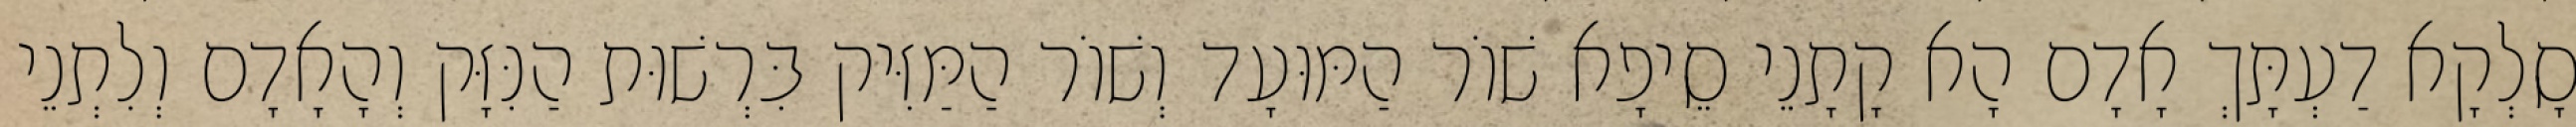
סָלְקָא דַעְתָּךְ אָדָם הָא קָתָנֵי סֵיפָא שׁוֹר הַמּוּעָד וְשׁוֹר הַמַּזִּיק בִּרְשׁוּת הַנִּזָּק וְהָאָדָם וְלִתְנֵי